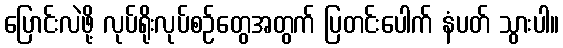
ပြောင်းလဲဖို့ လုပ်ရိုးလုပ်စဉ်တွေအတွက် ပြတင်းပေါက် နံပတ် သွားပါ။